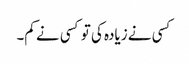
کسی نے زیادہ کی تو کسی نے کم۔